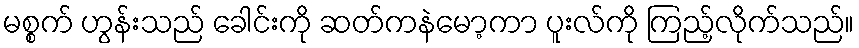
မစ္စက် ဟွန်းသည် ခေါင်းကို ဆတ်ကနဲမော့ကာ ပူးလ်ကို ကြည့်လိုက်သည်။